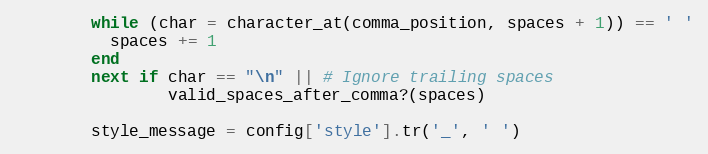
Language: Ruby
        while (char = character_at(comma_position, spaces + 1)) == ' '
          spaces += 1
        end
        next if char == "\n" || # Ignore trailing spaces
                valid_spaces_after_comma?(spaces)

        style_message = config['style'].tr('_', ' ')